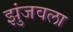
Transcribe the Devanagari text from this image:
झुंजवला